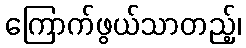
ကြောက်ဖွယ်သာတည့်၊